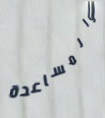
والمساعدة